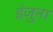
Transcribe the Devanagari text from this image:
इंजुना